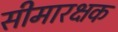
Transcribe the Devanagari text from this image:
सीमारक्षक